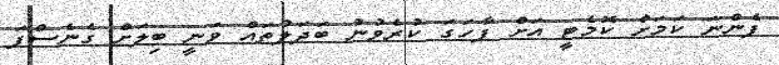
ފެންނަ ކަމަށް ކޮމެޓީ އަށް ފާހަގަ ކުރެވުނު ބަދަލުތައް ވަނީ ބިލަށް ގެނެސްފަ